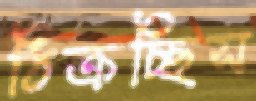
ঠিক্‌রচ্ছিস